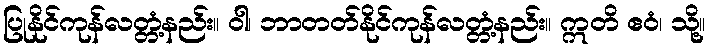
ပြုနိုင်ကုန်လတ္တံ့နည်း။ ဝါ၊ ဘာတတ်နိုင်ကုန်လတ္တံ့နည်း။ ဣတိ ဧဝံ၊ သို့။